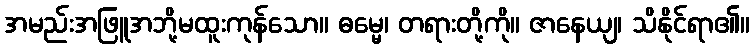
အမည်းအဖြူအဘို့မထူးကုန်သော။ ဓမ္မေ၊ တရားတို့ကို။ ဇာနေယျ၊ သိနိုင်ရာ၏။